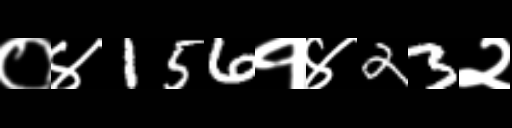
Text: ०४156१४23२